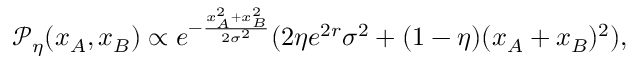
\mathcal { P } _ { \eta } ( x _ { A } , x _ { B } ) \propto e ^ { - \frac { x _ { A } ^ { 2 } + x _ { B } ^ { 2 } } { 2 \sigma ^ { 2 } } } ( 2 \eta e ^ { 2 r } \sigma ^ { 2 } + ( 1 - \eta ) ( x _ { A } + x _ { B } ) ^ { 2 } ) ,